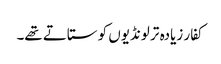
کفار زیادہ تر لونڈیوں کو ستاتے تھے۔